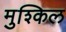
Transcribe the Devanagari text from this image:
मुश्‍किल